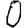
Digit: 0